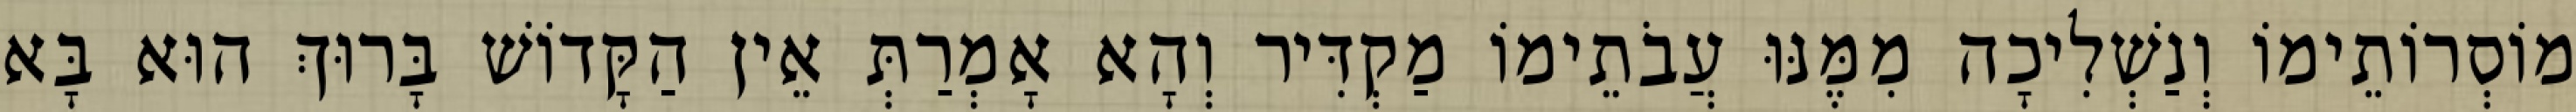
מוֹסְרוֹתֵימוֹ וְנַשְׁלִיכָה מִמֶּנּוּ עֲבֹתֵימוֹ מַקְדִּיר וְהָא אָמְרַתְּ אֵין הַקָּדוֹשׁ בָּרוּךְ הוּא בָּא